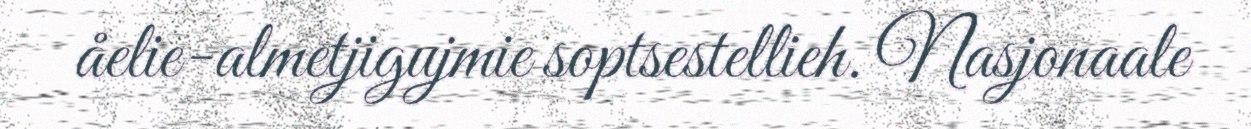
åelie-almetjigujmie soptsestellieh. Nasjonaale